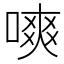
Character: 𠼙